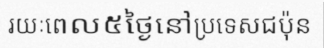
រយៈពេល៥ថ្ងៃនៅប្រទេសជប៉ុន